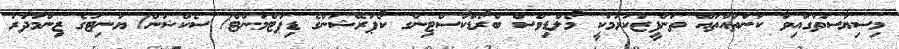
މިސިޔާސަތުގައިވާ ކަންތައްތައް ތަންފީޒުކުރުމަކީ މޯލްޑިވްސް ބްރޯޑްކާސްޓިންގ ކޯޕަރޭޝަންގެ ޑިޕާޓްމަންޓް/ ސެކްޝަން/ ޔުނިޓުގެ ޒިންމާދާރު